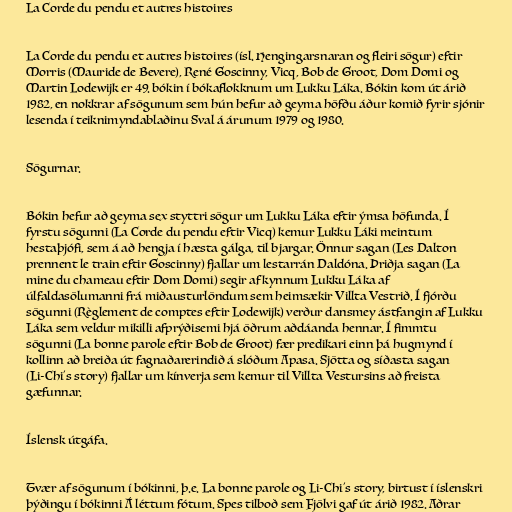
La Corde du pendu et autres histoires

La Corde du pendu et autres histoires (ísl. Hengingarsnaran og fleiri sögur) eftir
Morris (Mauride de Bevere), René Goscinny, Vicq, Bob de Groot, Dom Domi og
Martin Lodewijk er 49. bókin í bókaflokknum um Lukku Láka. Bókin kom út árið
1982, en nokkrar af sögunum sem hún hefur að geyma höfðu áður komið fyrir sjónir
lesenda í teiknimyndablaðinu Sval á árunum 1979 og 1980.

Sögurnar.

Bókin hefur að geyma sex styttri sögur um Lukku Láka eftir ýmsa höfunda. Í
fyrstu sögunni (La Corde du pendu eftir Vicq) kemur Lukku Láki meintum
hestaþjófi, sem á að hengja í hæsta gálga, til bjargar. Önnur sagan (Les Dalton
prennent le train eftir Goscinny) fjallar um lestarrán Daldóna. Þriðja sagan (La
mine du chameau eftir Dom Domi) segir af kynnum Lukku Láka af
úlfaldasölumanni frá miðausturlöndum sem heimsækir Villta Vestrið. Í fjórðu
sögunni (Règlement de comptes eftir Lodewijk) verður dansmey ástfangin af Lukku
Láka sem veldur mikilli afprýðisemi hjá öðrum aðdáanda hennar. Í fimmtu
sögunni (La bonne parole eftir Bob de Groot) fær predikari einn þá hugmynd í
kollinn að breiða út fagnaðarerindið á slóðum Apasa. Sjötta og síðasta sagan
(Li-Chi's story) fjallar um kínverja sem kemur til Villta Vestursins að freista
gæfunnar.

Íslensk útgáfa.

Tvær af sögunum í bókinni, þ.e. La bonne parole og Li-Chi's story, birtust í íslenskri
þýðingu í bókinni Á léttum fótum. Spes tilboð sem Fjölvi gaf út árið 1982. Aðrar